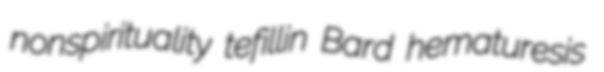
nonspirituality tefillin Bard hematuresis